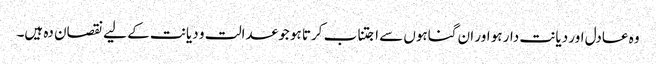
وہ عادل اور دیانت دار ہو اور ان گناہوں سے اجتناب کرتا ہو جو عدالت و دیانت کے لیے نقصان دہ ہیں۔